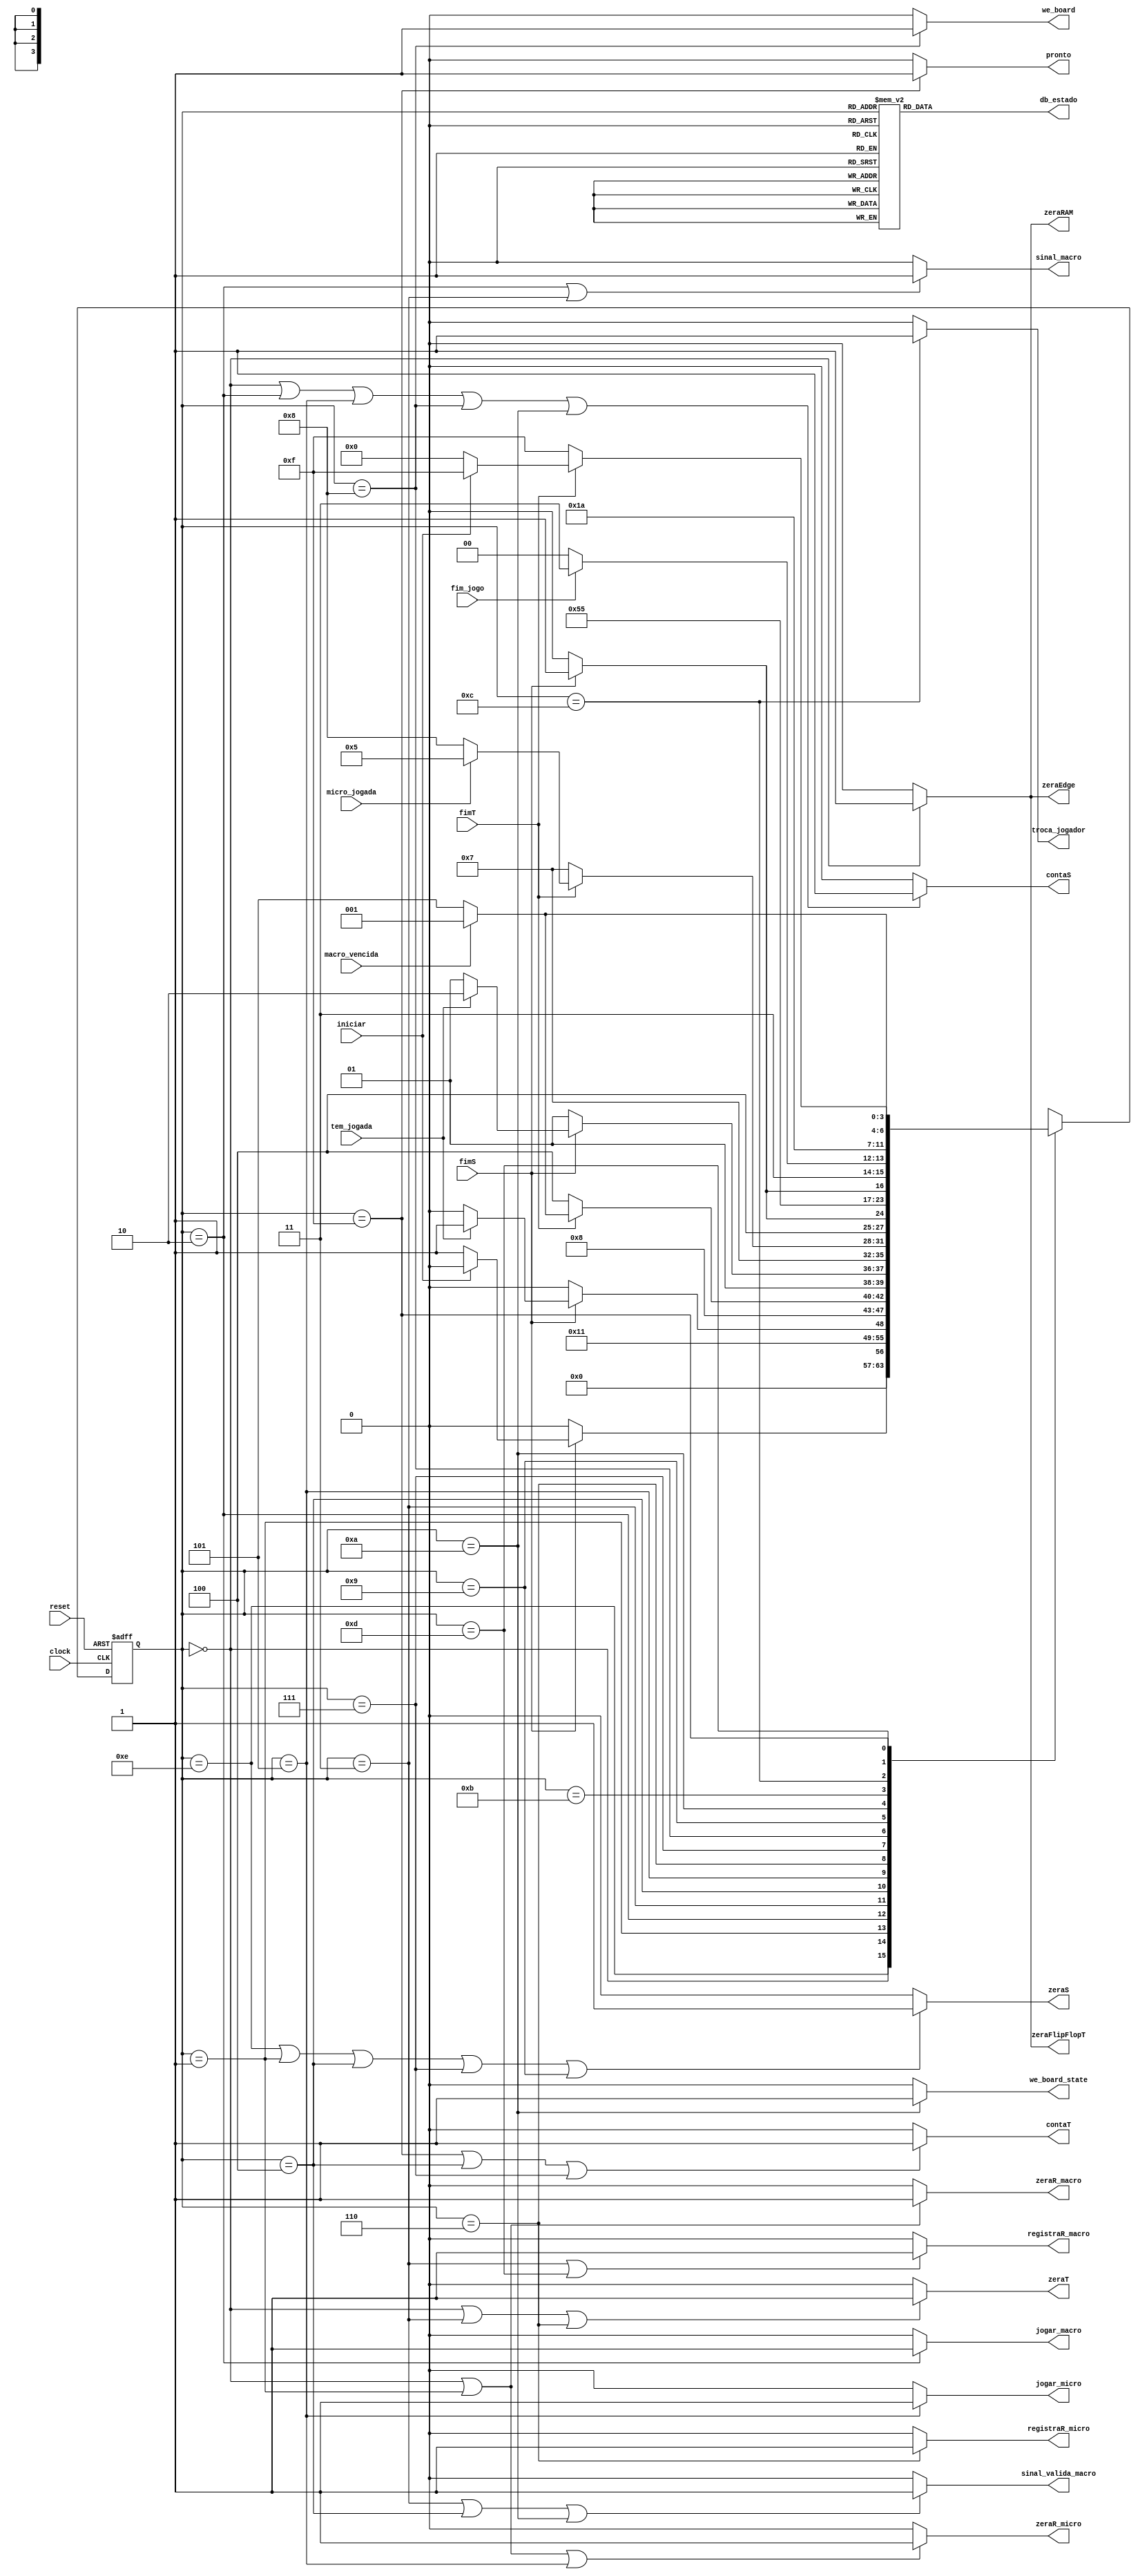

module unidade_controle (
    input      clock,
    input      reset,
    input      iniciar,
    input      tem_jogada,
    input      fim_jogo,
    input      macro_vencida,
    input      micro_jogada,
    input      fimS,
    input      fimT,
    output reg sinal_macro,
    output reg sinal_valida_macro,
    output reg troca_jogador,
    output reg zeraFlipFlopT,
    output reg zeraR_macro,
    output reg zeraR_micro,
    output reg zeraEdge,
    output reg zeraS,
    output reg zeraT,
    output reg zeraRAM,
    output reg contaS,
    output reg contaT,
    output reg registraR_macro,
    output reg registraR_micro,
    output reg we_board,
    output reg we_board_state,
    output reg pronto,
    output reg jogar_macro,
    output reg jogar_micro,
    output reg [3:0] db_estado
);
    
    assign reset_aux = ~reset;
    assign iniciar_aux = ~iniciar;

    // Define estados
    parameter inicial              = 4'b0000;  // 0
    parameter preparacao           = 4'b0001;  // 1
    parameter joga_macro           = 4'b0010;  // 2
    parameter registra_macro       = 4'b0011;  // 3
    parameter valida_macro         = 4'b0100;  // 4
    parameter joga_micro           = 4'b0101;  // 5
    parameter registra_micro       = 4'b0110;  // 6
    parameter valida_micro         = 4'b0111;  // 7 
    parameter registra_jogada      = 4'b1000;  // 8
    parameter verifica_macro       = 4'b1001;  // 9
    parameter registra_resultado   = 4'b1010;  // A
    parameter verifica_tabuleiro   = 4'b1011;  // B
    parameter trocar_jogador       = 4'b1100;  // C
    parameter decide_macro         = 4'b1101;  // D
	 parameter E_reset              = 4'b1110;  // E
	 
    parameter fim                  = 4'b1111;  // F


    // Variaveis de estado
    reg [3:0] Eatual, Eprox;

    // Memoria de estado
    always @(posedge clock or posedge reset_aux) begin
        if (reset_aux)
            Eatual <= E_reset;
        else
            Eatual <= Eprox;
    end
        
    // Logica de proximo estado 
    always @* begin
        case (Eatual) 
				E_reset:              Eprox = inicial;
            inicial:              Eprox = (!fimS) ? inicial : (iniciar_aux) ? preparacao : inicial;
            preparacao:           Eprox = joga_macro;
            joga_macro:           Eprox = (!fimS) ? joga_macro : (tem_jogada) ? registra_macro : joga_macro;
            registra_macro:       Eprox = valida_macro;
            valida_macro:         Eprox = (!fimT) ? valida_macro : (macro_vencida) ? preparacao : joga_micro;
            joga_micro:           Eprox = (!fimS) ? joga_micro : (tem_jogada) ? registra_micro : joga_micro;
            registra_micro:       Eprox = valida_micro;
            valida_micro:         Eprox = (!fimT) ? valida_micro : (micro_jogada) ? joga_micro : registra_jogada;
            registra_jogada:      Eprox = (!fimS) ? registra_jogada : verifica_macro;
            verifica_macro:       Eprox = registra_resultado;
            registra_resultado:   Eprox = (!fimS) ? registra_resultado : verifica_tabuleiro;
            verifica_tabuleiro:   Eprox = (fim_jogo) ? fim : trocar_jogador;
            trocar_jogador:       Eprox =  decide_macro;
            decide_macro:         Eprox = (macro_vencida) ? preparacao : joga_micro;
            fim:                  Eprox = (!fimT) ? fim : (iniciar_aux) ? inicial : fim;
            
            default:              Eprox = inicial;
        endcase
    end
 
    // Logica de saida (maquina Moore)
    always @* begin
        zeraR_macro        = (Eatual == inicial || Eatual == preparacao) ? 1'b1 : 1'b0; 
        zeraR_micro        = (Eatual == inicial || Eatual == preparacao || Eatual == joga_micro) ? 1'b1 : 1'b0;
        zeraEdge           = (Eatual == inicial) ? 1'b1 : 1'b0;
        registraR_macro    = (Eatual == registra_macro || Eatual == decide_macro) ? 1'b1 : 1'b0;
        registraR_micro    = (Eatual == registra_micro) ? 1'b1 : 1'b0;
        pronto             = (Eatual == fim) ? 1'b1 : 1'b0;
        jogar_macro        = (Eatual == joga_macro) ? 1'b1 : 1'b0;
        jogar_micro        = (Eatual == joga_micro) ? 1'b1 : 1'b0;
        sinal_macro        = (Eatual == joga_macro || Eatual == registra_macro) ? 1'b1 : 1'b0;
        troca_jogador      = (Eatual == trocar_jogador) ? 1'b1 : 1'b0;
        zeraFlipFlopT      = (Eatual == inicial) ? 1'b1 : 1'b0;
        sinal_valida_macro = (Eatual == registra_macro || Eatual == valida_macro || Eatual == registra_resultado) ? 1'b1 : 1'b0;
        zeraT              = (Eatual == inicial || Eatual == registra_macro || Eatual == registra_micro ) ? 1'b1 : 1'b0;
        zeraS              = (Eatual == E_reset || Eatual == preparacao || Eatual == valida_macro || Eatual == valida_micro || Eatual == verifica_macro) ? 1'b1 : 1'b0;
        contaT             = (Eatual == fim || Eatual == valida_macro || Eatual == valida_micro) ? 1'b1 : 1'b0;
        contaS             = (Eatual == inicial || Eatual == joga_macro || Eatual == joga_micro || Eatual == registra_jogada || Eatual == registra_resultado) ? 1'b1 : 1'b0;
        we_board           = (Eatual == registra_jogada) ? 1'b1 : 1'b0;
        we_board_state     = (Eatual == registra_resultado) ? 1'b1 : 1'b0;
        zeraRAM            = (Eatual == inicial) ? 1'b1 : 1'b0;
        
        
        // Saida de depuracao (estado)
        case (Eatual)
            inicial:               db_estado = inicial;            // 0   
            preparacao:            db_estado = preparacao;         // 1
            joga_macro:            db_estado = joga_macro;         // 2
            registra_macro:        db_estado = registra_macro;     // 3 
            valida_macro:          db_estado = valida_macro;       // 4
            joga_micro:            db_estado = joga_micro;         // 5 
            registra_micro:        db_estado = registra_micro;     // 6
            valida_micro:          db_estado = valida_micro;       // 7
            registra_jogada:       db_estado = registra_jogada;    // 8
            verifica_macro:        db_estado = verifica_macro;     // 9
            registra_resultado:    db_estado = registra_resultado; // A
            verifica_tabuleiro:    db_estado = verifica_tabuleiro; // B
            trocar_jogador:        db_estado = trocar_jogador;     // C 
            decide_macro:          db_estado = decide_macro;       // D
				E_reset:               db_estado = E_reset;              // E
            fim:                   db_estado = fim;                // F        
            
            default:               db_estado = 4'b1110;            // E (ERRO)
        endcase
        
    end

endmodule